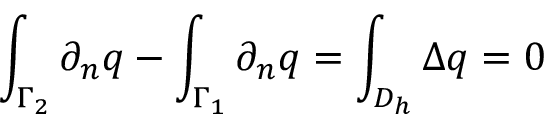
\int _ { \Gamma _ { 2 } } \partial _ { n } q - \int _ { \Gamma _ { 1 } } \partial _ { n } q = \int _ { D _ { h } } \Delta q = 0